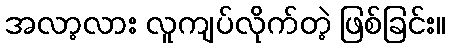
အလာ့လား လူကျပ်လိုက်တဲ့ ဖြစ်ခြင်း။